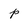
Character: p